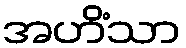
အဟိံသာ